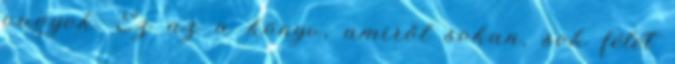
vagyok. Ez az a könyv, amiről sokan, sok félét